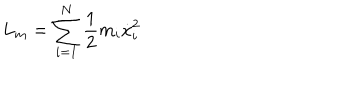
L _ { m } = \sum _ { i = 1 } ^ { N } \frac { 1 } { 2 } m _ { i } \dot { x } _ { i } ^ { 2 }